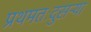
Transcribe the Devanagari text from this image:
प्रथमतःदुसऱ्या